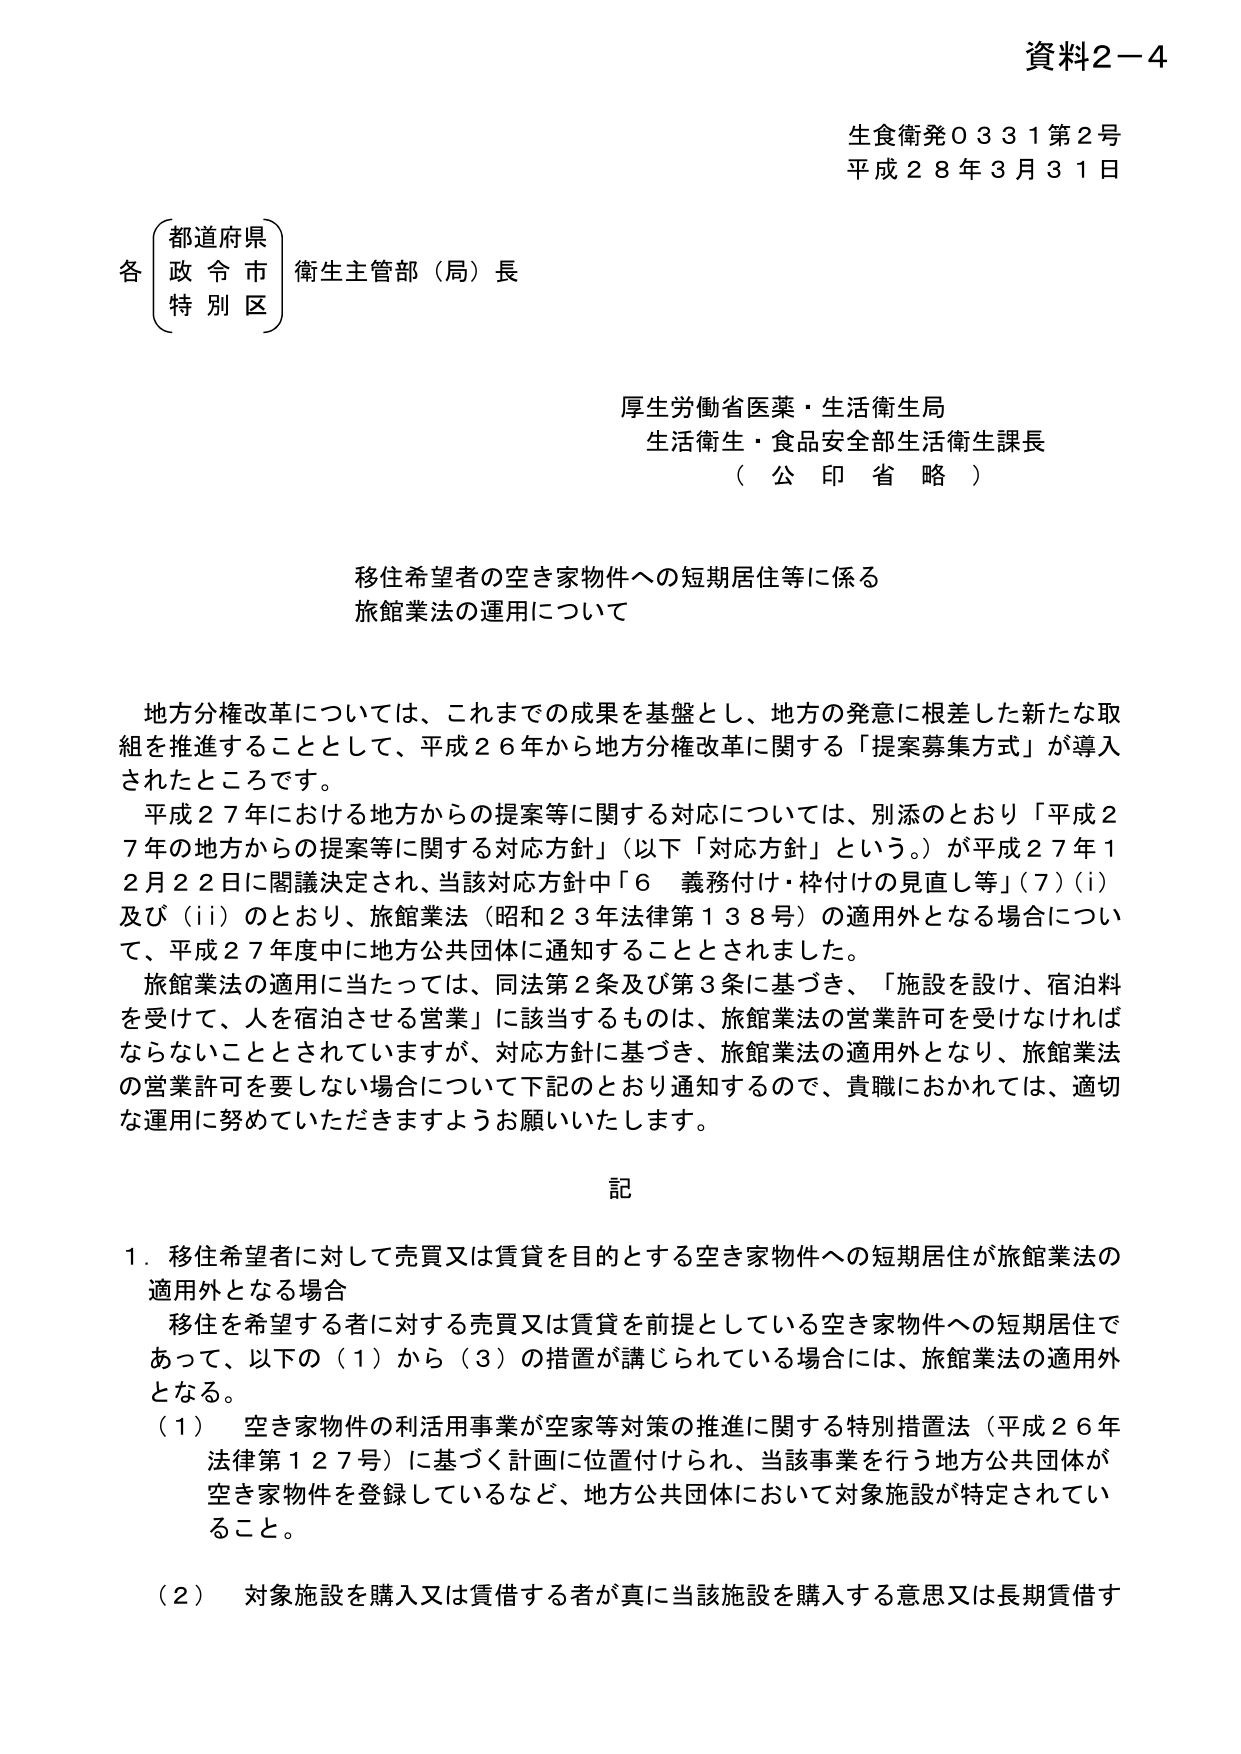
資料2－4
生食衛発０３３１第２号
平成２８年３月３１日

各
（都道府県）
（政令市）
（特別区）
衛生主管部（局）長

厚生労働省医薬・生活衛生局
生活衛生・食品安全部生活衛生課長
（公印省略）

移住希望者の空き家物件への短期居住等に係る
旅館業法の運用について

地方分権改革については、これまでの成果を基盤とし、地方の発意に根差した新たな取組を推進することとして、平成２６年から地方分権改革に関する「提案募集方式」が導入されたところです。
平成２７年における地方からの提案等に関する対応については、別添のとおり「平成２７年の地方からの提案等に関する対応方針」（以下「対応方針」という。）が平成２７年１２月２２日に閣議決定され、当該対応方針中「６ 義務付け・枠付けの見直し等」（７）（ｉ）及び（ｉｉ）のとおり、旅館業法（昭和２３年法律第１３８号）の適用外となる場合について、平成２７年度中に地方公共団体に通知することとされました。
旅館業法の適用に当たっては、同法第２条及び第３条に基づき、「施設を設け、宿泊料を受け、人を宿泊させる営業」に該当するものは、旅館業法の営業許可を受けなければならないこととされていますが、対応方針に基づき、旅館業法の適用外となり、旅館業法の営業許可を要しない場合について下記のとおり通知するので、貴職におかれては、適切な運用に努めていただきますようお願いいたします。

記

１．移住希望者に対して売買又は賃貸を目的とする空き家物件への短期居住が旅館業法の適用外となる場合
　移住を希望する者に対する売買又は賃貸を前提としている空き家物件への短期居住であって、以下の（１）から（３）の措置が講じられている場合には、旅館業法の適用外となる。
　（１）　空き家物件の利活用事業が空家等対策の推進に関する特別措置法（平成２６年法律第１２７号）に基づく計画に位置付けられ、当該事業を行う地方公共団体が空き家物件を登録しているなど、地方公共団体において対象施設が特定されていること。
　（２）　対象施設を購入又は賃借する者が真に当該施設を購入する意思又は長期賃借す